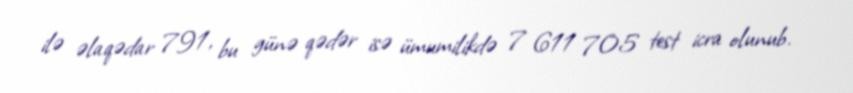
ilə əlaqədar 791, bu günə qədər isə ümumilikdə 7 611 705 test icra olunub.